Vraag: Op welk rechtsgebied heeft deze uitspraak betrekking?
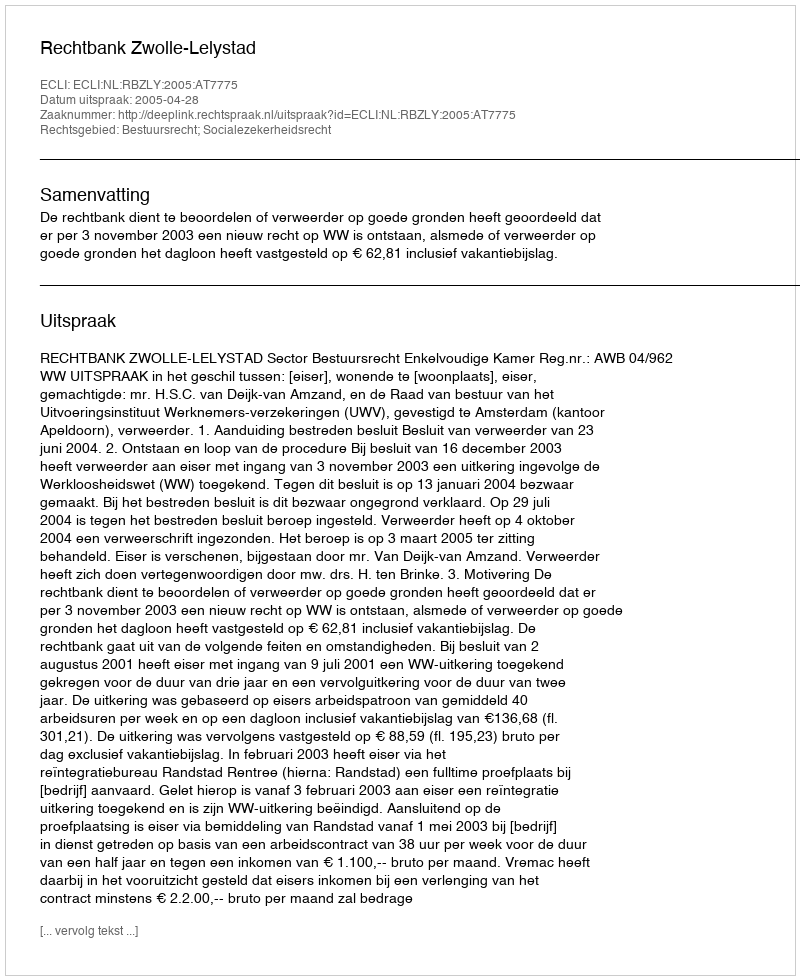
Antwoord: Bestuursrecht; Socialezekerheidsrecht